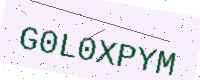
Text: G0L0XPYM